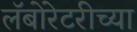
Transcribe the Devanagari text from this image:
लॅबोरेटरीच्या